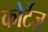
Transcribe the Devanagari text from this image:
कोर्टेज़